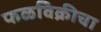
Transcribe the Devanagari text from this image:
फळविक्रीचा